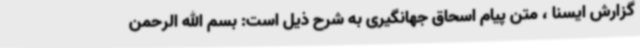
گزارش ایسنا ، متن پیام اسحاق جهانگیری به شرح ذیل است: بسم الله الرحمن